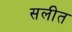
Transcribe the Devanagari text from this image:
सलीत